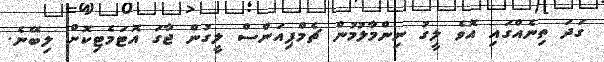
ގަދަ ތިނެއްގައި އޮވެ ލީގު ނިންމާލުމުން ޗެމްޕިއަންސް ލީގުން ޖާގަ އޮޓަމެޓިކޮށް ލިބޭނެ.